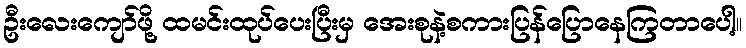
ဦးလေးကျော်ဖို့ ထမင်းထုပ်ပေးပြီးမှ အေးစုနဲ့စကားပြန်ပြောနေကြတာပေါ့။